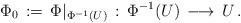
LaTeX: \begin{align*}\Phi_0\, :=\, \Phi\vert_{\Phi^{-1}(U)}\, :\, \Phi^{-1}(U)\,\longrightarrow\, U\, .\end{align*}